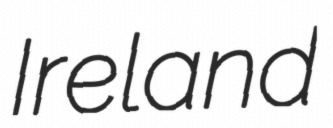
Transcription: Ireland